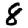
Digit: 8